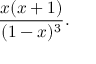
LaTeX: { \frac { x ( x + 1 ) } { ( 1 - x ) ^ { 3 } } } .